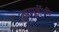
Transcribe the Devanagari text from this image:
त्यापूर्वीची